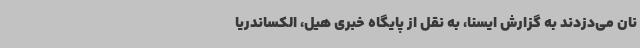
نان می‌دزدند به گزارش ایسنا، به نقل از پایگاه خبری هیل، الکساندریا